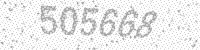
Solution: 505668